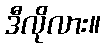
ဒီလိုလား။